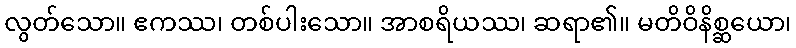
လွတ်သော။ ဧကဿ၊ တစ်ပါးသော။ အာစရိယဿ၊ ဆရာ၏။ မတိဝိနိစ္ဆယော၊